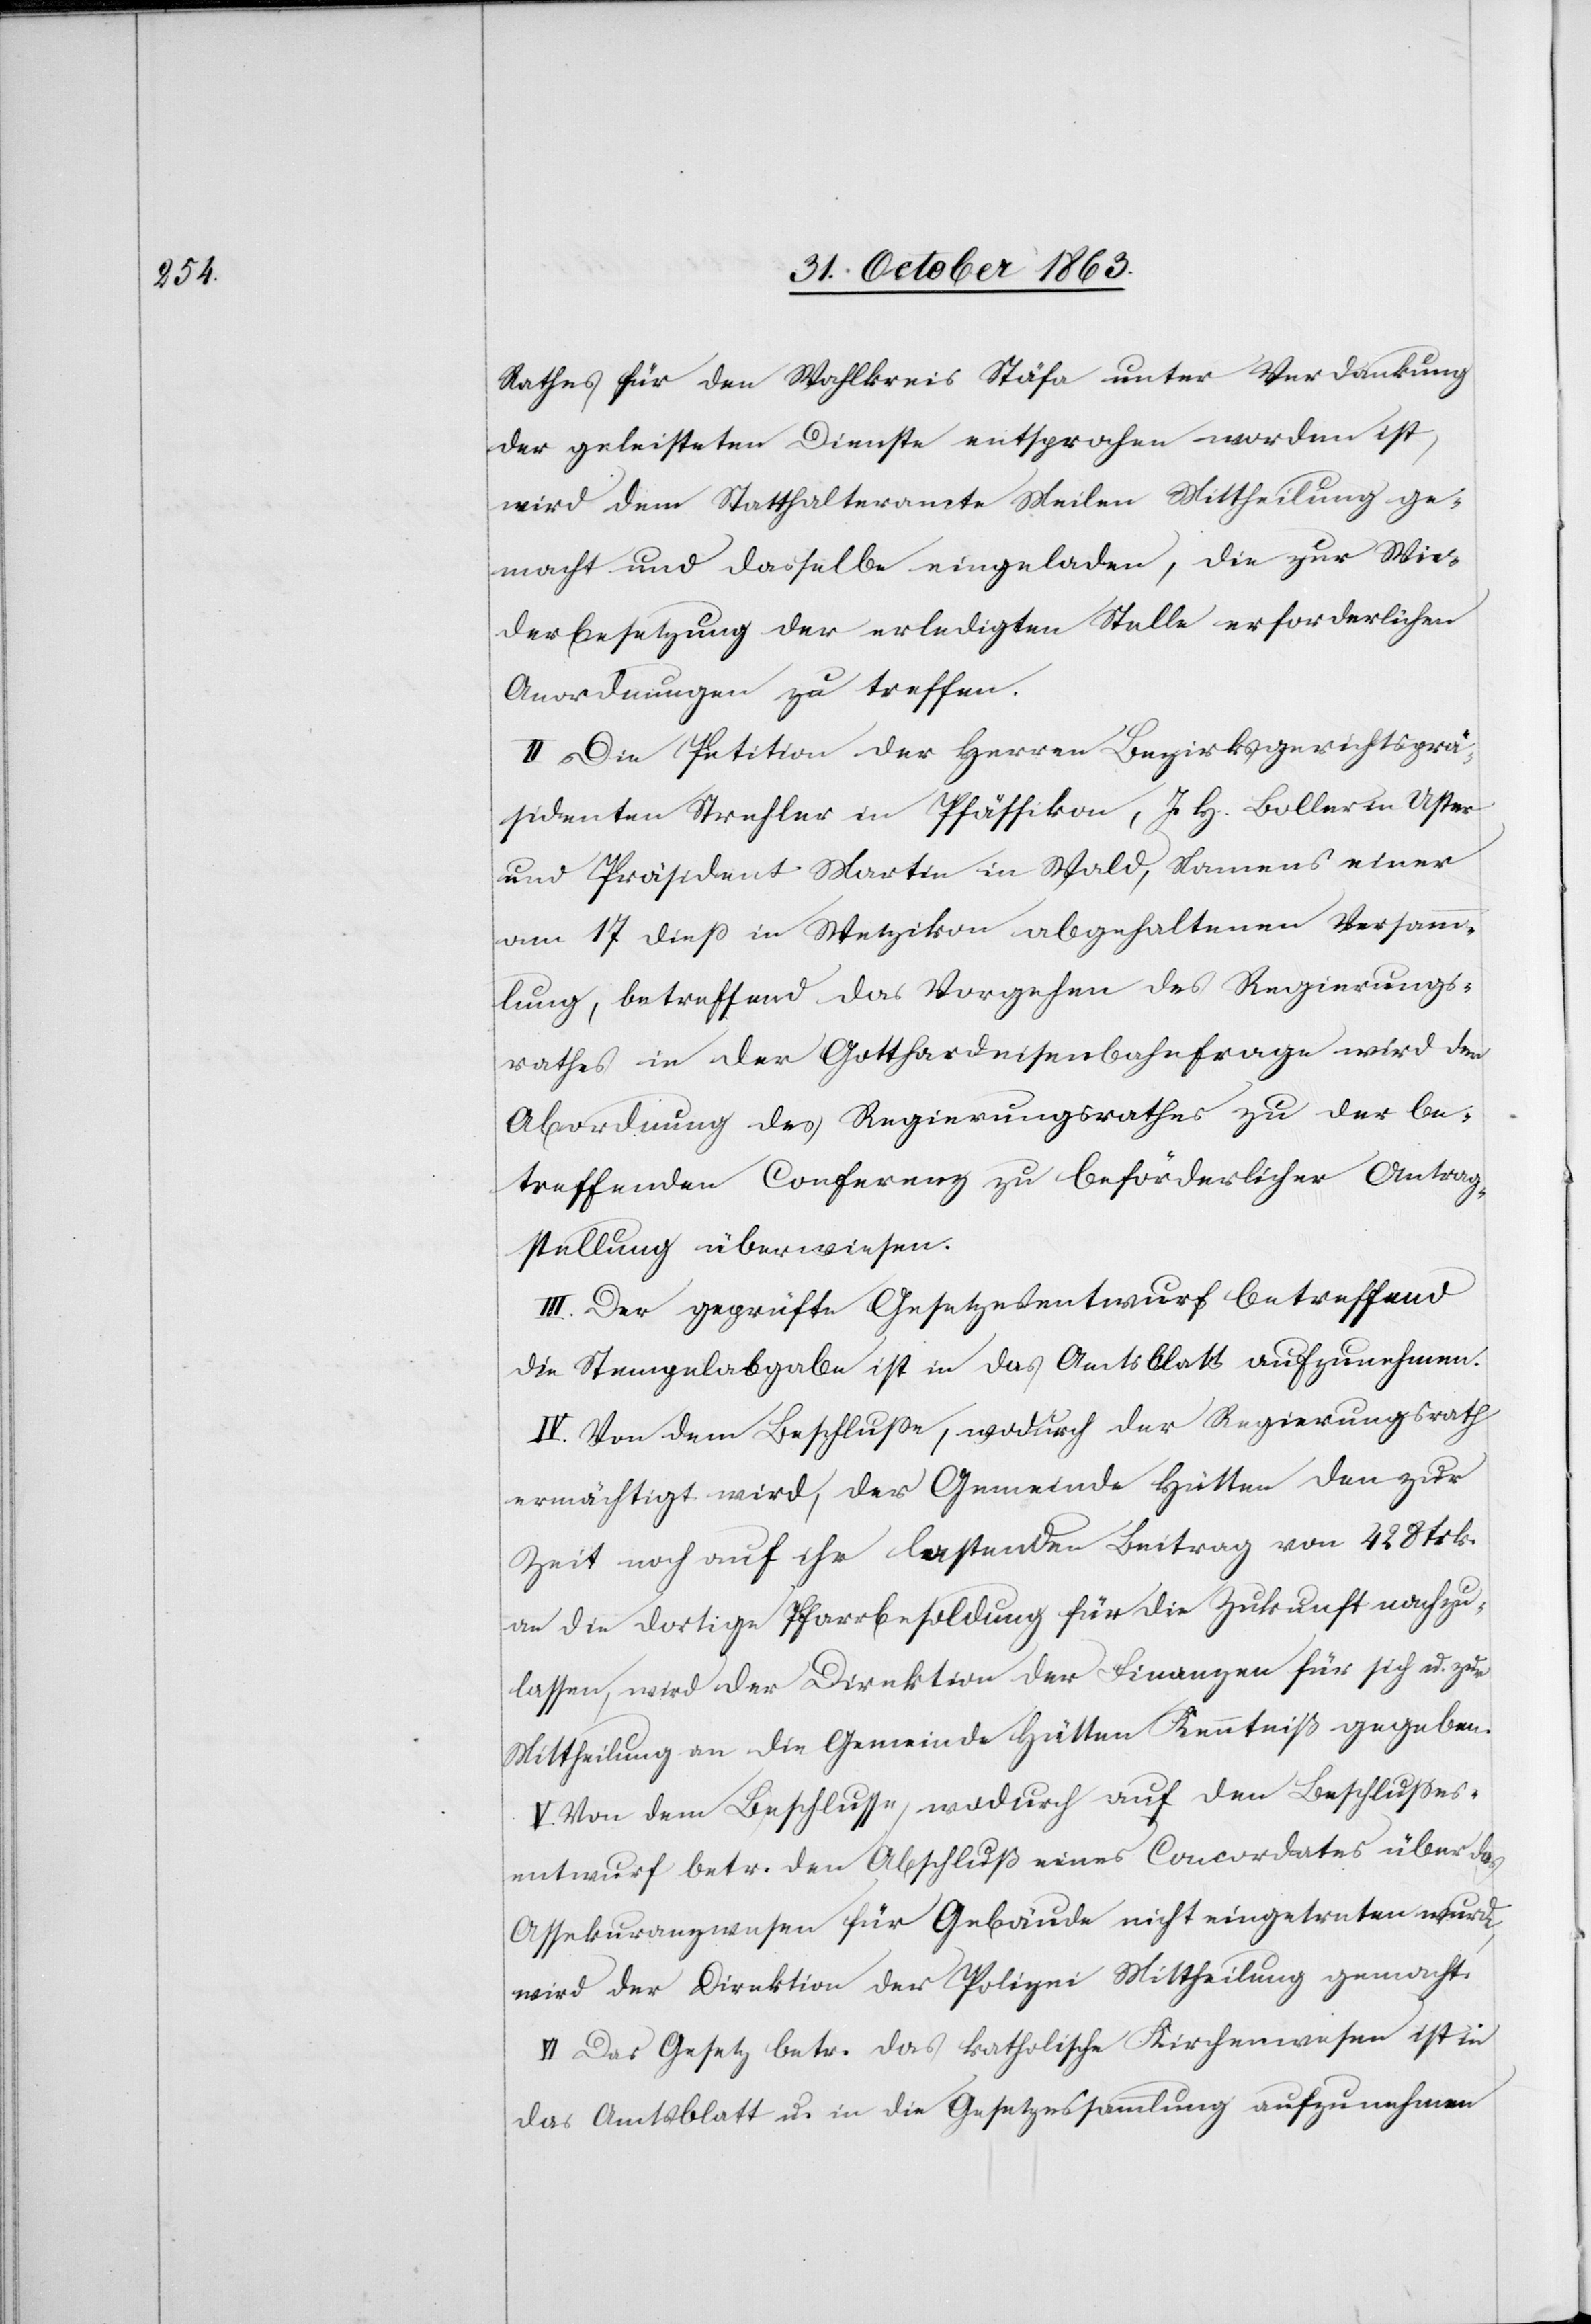
Rathes für den Wahlkreis Stäfa unter Verdankung
der geleisteten Dienste entsprochen worden ist,
wird dem Statthalteramte Meilen Mittheilung ge¬
macht und dasselbe eingeladen, die zur Wie¬
derbesetzung der erledigten Stelle erforderlichen
Anordnungen zu treffen.
II. Die Petition der Herren Bezirksgerichtsprä¬
sidenten Strehler in Pfäffikon, J. H. Boller in Uster
und Präsident Martin in Wald, Namens einer
am 17 diess in Wetzikon abgehaltenen Versamm¬
lung, betreffend das Vorgehen des Regierungs¬
rathes in der Gotthardeisenbahnfrage wird der
Abordnung des Regierungsrathes zu der be¬
treffenden Conferenz zu beförderlicher Antrag¬
stellung überwiesen.
III. Der geprüfte Gesetzesentwurf betreffend
die Stempelabgabe ist in das Amtsblatt aufzunehmen.
IV. Von dem Beschlusse, wodurch der Regierungsrath
ermächtigt wird, der Gemeinde Hütten den zur
Zeit noch auf ihr lastenden Beitrag von 428 Frk.
an die dortige Pfarrbesoldung für die Zukunft nachzu¬
lassen, wird der Direktion der Finanzen für sich u. zur
Mittheilung an die Gemeinde Hütten Kenntniß gegeben.
V. Von dem Beschlusse, wodurch auf den Beschlusses¬
entwurf betr. den Abschluß eines Concordates über das
Assekuranzwesen für Gebäude nicht eingetreten wurde,
wird der Direktion der Polizei Mittheilung gemacht.
VI. Das Gesetz betr. das katholische Kirchenwesen ist in
das Amtsblatt u. in die Gesetzessammlung aufzunehmen